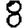
Digit: 8